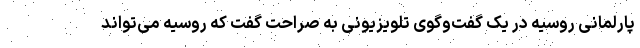
پارلمانی روسیه در یک گفت‌وگوی تلویزیونی به صراحت گفت که روسیه می‌تواند